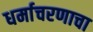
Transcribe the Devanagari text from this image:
धर्माचरणाचा